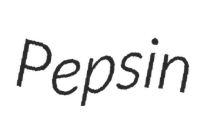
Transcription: Pepsin